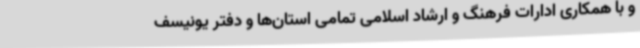
و با همکاری ادارات فرهنگ و ارشاد اسلامی تمامی استان‌ها و دفتر یونیسف